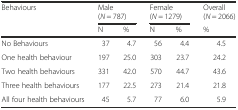
<table><thead><tr><td rowspan="2"><b>Behaviours</b></td><td colspan="2"><b>Male (<i>N</i> = 787)</b></td><td colspan="2"><b>Female (<i>N</i> = 1279)</b></td><td><b>Overall (<i>N</i> = 2066)</b></td></tr><tr><td><b>N</b></td><td><b>%</b></td><td><b>N</b></td><td><b>%</b></td><td><b>%</b></td></tr></thead><tbody><tr><td>No Behaviours</td><td>37</td><td>4.7</td><td>56</td><td>4.4</td><td>4.5</td></tr><tr><td>One health behaviour</td><td>197</td><td>25.0</td><td>303</td><td>23.7</td><td>24.2</td></tr><tr><td>Two health behaviours</td><td>331</td><td>42.0</td><td>570</td><td>44.7</td><td>43.6</td></tr><tr><td>Three health behaviours</td><td>177</td><td>22.5</td><td>273</td><td>21.4</td><td>21.8</td></tr><tr><td>All four health behaviours</td><td>45</td><td>5.7</td><td>77</td><td>6.0</td><td>5.9</td></tr></tbody></table>